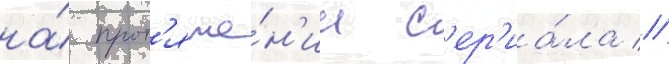
на́ прот'яже́н'ии с'ер'иа́ла //